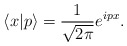
\begin{align*}\langle x|p\rangle={1\over\sqrt{2\pi}}e^{ipx}.\end{align*}